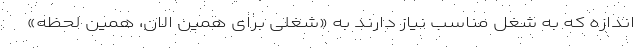
اندازه که به شغل مناسب نیاز دارند به «شغلی برای همین الان، همین لحظه»